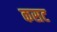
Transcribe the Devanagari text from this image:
कसट